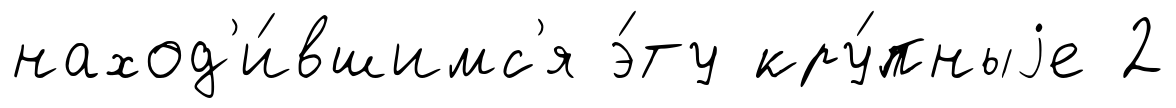
наход'и́вшимс'я э́ту кру́пныjе 2